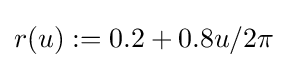
r(u):=0.2+0.8u/2\pi